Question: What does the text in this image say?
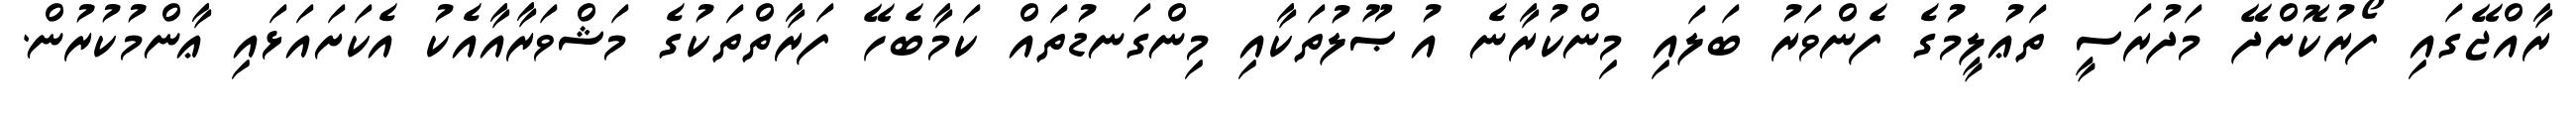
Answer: ރާއްޖޭގައި ފޯރުކޮށްދޭ މަދުރަސީ ތަޢުލީމުގެ ފެންވަރު ބަލައި މިންކުރާނެ އުޞޫލުތަކާއި މިންގަނޑުތައް ކަމާބެހޭ ފަރާތްތަކުގެ މަޝްވަރާއާއެކު އެކަށައަޅައި ޢާންމުކުރުން.